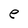
Character: e